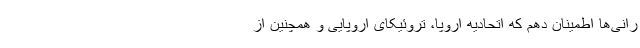
رانی‌ها اطمینان دهم که اتحادیه اروپا، تروئیکای اروپایی و همچنین از